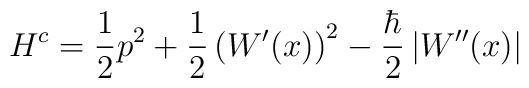
H^c=\frac{1}{2}p^2+\frac{1}{2}\left(W'(x)\right)^2-\frac{\hbar}{2}\left|W''(x)\right|